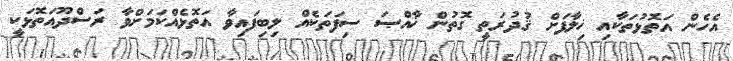
އެހެން އަތޮޅުތަކާއި ޚިލާފަށް ޤުދުރަތީ ގޮތުން ޚާއްޞަ ސިފަތަކެއް ލިބިފައިވާ އަތޮޅެއްކަމަށްވާ ރަސްދޫއަތޮޅަކީ